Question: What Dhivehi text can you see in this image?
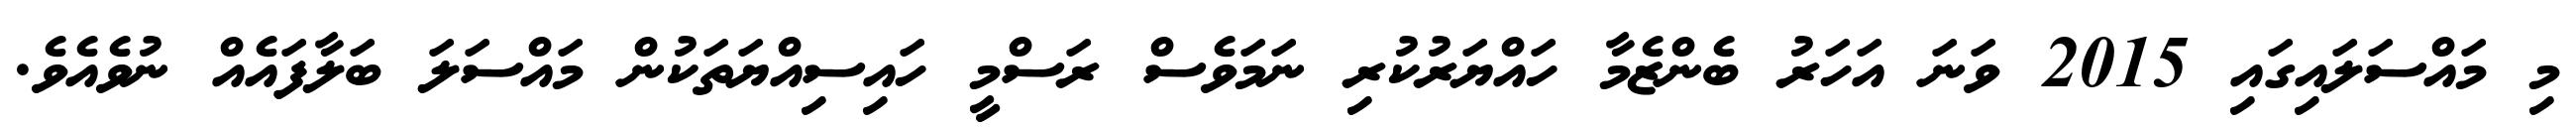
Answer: މި މައްސަލައިގައި 2015 ވަނަ އަހަރު ބެންޒެމާ ހައްޔަރުކުރި ނަމަވެސް ރަސްމީ ހައިސިއްޔަތަކުން މައްސަލަ ބަލާފައެއް ނުވެއެވެ.